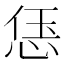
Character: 𫺑